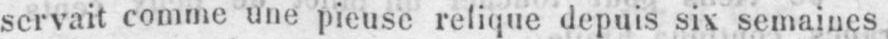
servait comme une pieuse relique depuis six semaines